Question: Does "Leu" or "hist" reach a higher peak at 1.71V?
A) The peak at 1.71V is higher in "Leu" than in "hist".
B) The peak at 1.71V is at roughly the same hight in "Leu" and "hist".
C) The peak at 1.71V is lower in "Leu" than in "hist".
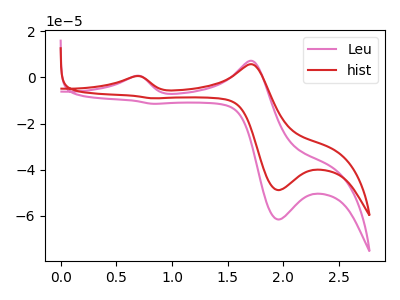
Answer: <think>The pink curve "Leu" has anodic peaks at (0.65V, 0.60uA) (1.70V, 7.15uA) and cathodic peaks at (1.95V, -61.55uA) (0.85V, -11.45uA). The red curve "hist" has anodic peaks at (0.65V, 0.50uA) (1.70V, 5.70uA) and cathodic peaks at (1.95V, -48.80uA) (0.85V, -9.10uA).</think>
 <answer>A) The peak at 1.71V is higher in "Leu" than in "hist".</answer>
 <eval>A</eval>